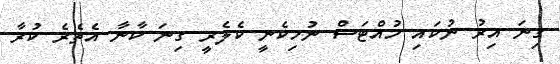
ގިނަ އިރު ނުކައި ހުއްޓަސް ނުހިކެނީ ކެލެރީ ގިނަ ކާނާ އެތެރެ ކުރާ